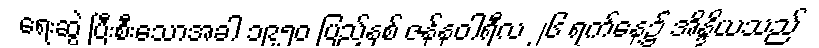
ရေးဆွဲ ပြီးစီးသောအခါ ၁၉၅၀ ပြည့်နှစ် ဇန်နဝါရီလ ၂၆ ရက်နေ့၌ အိန္ဒိယသည်